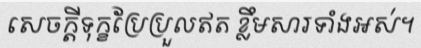
សេចក្តីទុក្ខប្រែប្រួលឥត ខ្លឹមសារទាំងអស់។